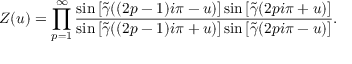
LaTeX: Z ( u ) = \prod _ { p = 1 } ^ { \infty } \frac { \sin \left[ \widetilde { \gamma } ( ( 2 p - 1 ) i \pi - u ) \right] \sin \left[ \widetilde { \gamma } ( 2 p i \pi + u ) \right] } { \sin \left[ \widetilde { \gamma } ( ( 2 p - 1 ) i \pi + u ) \right] \sin \left[ \widetilde { \gamma } ( 2 p i \pi - u ) \right] } .